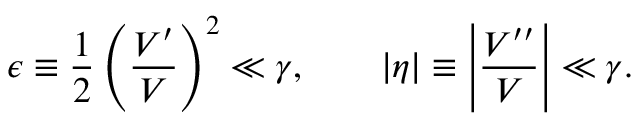
\epsilon \equiv \frac { 1 } { 2 } \left( \frac { V ^ { \prime } } { V } \right) ^ { 2 } \ll \gamma , \qquad | \eta | \equiv \left| \frac { V ^ { \prime \prime } } { V } \right| \ll \gamma .